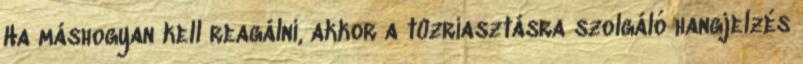
Ha máshogyan kell reagálni, akkor a tûzriasztásra szolgáló hangjelzés